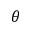
\theta